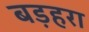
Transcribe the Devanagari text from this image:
बड़हरा